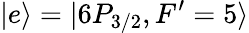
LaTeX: |e\rangle=|6P_{3/2},F^{\prime}=5\rangle